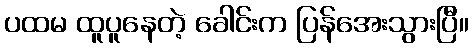
ပထမ ထူပူနေတဲ့ ခေါင်းက ပြန်အေးသွားပြီ။